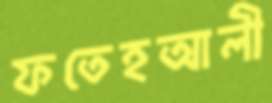
ফতেহআলী